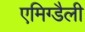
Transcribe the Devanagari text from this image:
एमिग्डैली